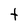
Character: t